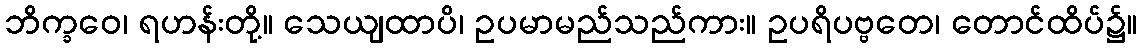
ဘိက္ခဝေ၊ ရဟန်းတို့။ သေယျထာပိ၊ ဥပမာမည်သည်ကား။ ဥပရိပဗ္ဗတေ၊ တောင်ထိပ်၌။